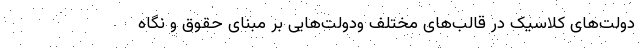
دولت‌های کلاسیک در قالب‌های مختلف ودولت‌هایی بر مبنای حقوق و نگاه